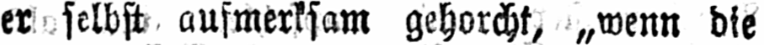
er selbst aufmerksam gehorcht, „wenn die